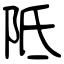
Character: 阺